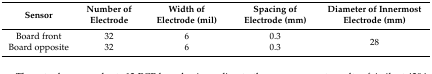
| Sensor | Number of Electrode | Width of Electrode (mil) | Spacing of Electrode (mm) | Diameter of Innermost Electrode (mm) |
 | --- | --- | --- | --- | --- |
 | Board front | 32 | 6 | 0.3 | <ROWSPAN=2> 28 |
 | Board opposite | 32 | 6 | 0.3 |